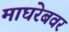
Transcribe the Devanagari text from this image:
माघरेबवर